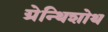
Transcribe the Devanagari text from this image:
ग्रेन्थिशोथ